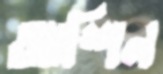
আশিন